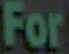
For